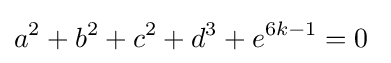
a^{2}+b^{2}+c^{2}+d^{3}+e^{6k-1}=0\